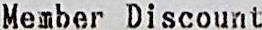
MEMBER DISCOUNT